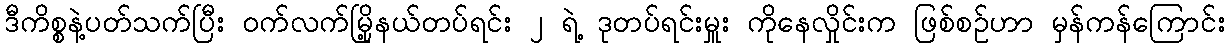
ဒီကိစ္စနဲ့ပတ်သက်ပြီး ဝက်လက်မြို့နယ်တပ်ရင်း ၂ ရဲ့ ဒုတပ်ရင်းမှူး ကိုနေလှိုင်းက ဖြစ်စဥ်ဟာ မှန်ကန်ကြောင်း